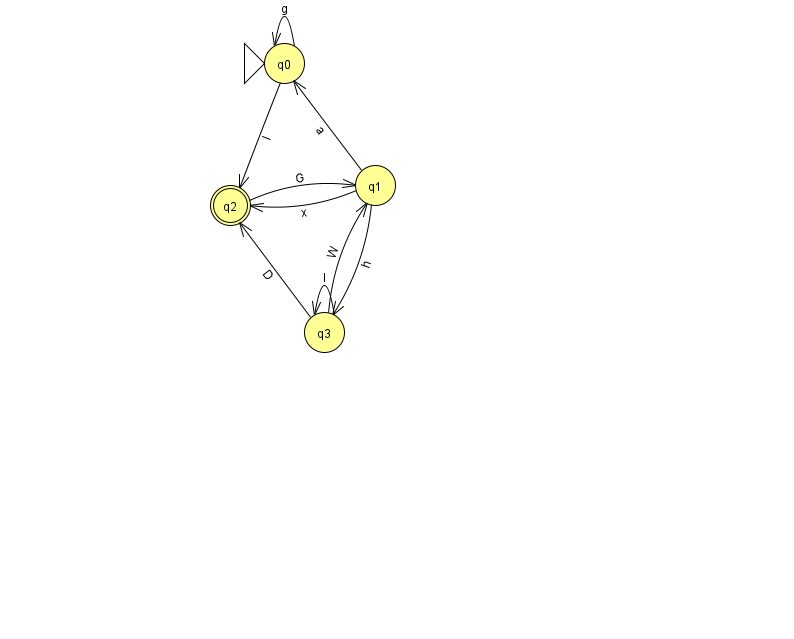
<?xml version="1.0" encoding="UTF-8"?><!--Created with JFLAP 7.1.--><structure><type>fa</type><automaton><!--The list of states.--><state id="0" name="q0"><x>284.0</x><y>50.0</y><initial/></state><state id="1" name="q1"><x>375.0</x><y>172.0</y></state><state id="2" name="q2"><x>230.0</x><y>192.0</y><final/></state><state id="3" name="q3"><x>324.0</x><y>319.0</y></state><!--The list of transitions.--><transition><from>1</from><to>2</to><read>x</read></transition><transition><from>3</from><to>1</to><read>W</read></transition><transition><from>0</from><to>2</to><read>I</read></transition><transition><from>1</from><to>0</to><read>a</read></transition><transition><from>0</from><to>0</to><read>g</read></transition><transition><from>3</from><to>2</to><read>D</read></transition><transition><from>3</from><to>3</to><read>l</read></transition><transition><from>1</from><to>3</to><read>h</read></transition><transition><from>2</from><to>1</to><read>G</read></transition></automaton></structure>